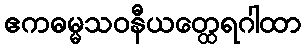
ဧကဓမ္မသဝနီယတ္ထေရဂါထာ